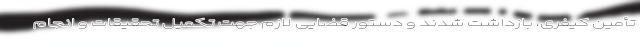
تأمین کیفری، بازداشت شدند و دستور قضایی لازم جهت تکمیل تحقیقات و انجام